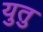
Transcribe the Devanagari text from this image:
युतु